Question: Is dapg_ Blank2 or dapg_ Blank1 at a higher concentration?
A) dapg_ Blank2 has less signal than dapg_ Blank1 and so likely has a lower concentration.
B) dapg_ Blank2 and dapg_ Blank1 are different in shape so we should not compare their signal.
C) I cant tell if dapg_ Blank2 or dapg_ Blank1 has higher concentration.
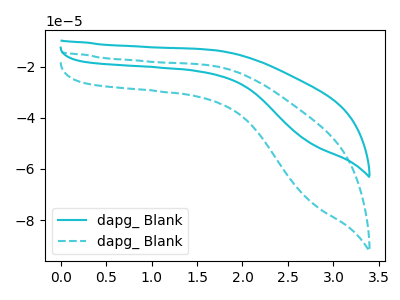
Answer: <think>The cyan curve "dapg_ Blank1" has no peaks. The cyan dashed curve "dapg_ Blank2" has no peaks.
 Neither "dapg_ Blank2" or "dapg_ Blank1" have any peaks.</think>
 <answer>C) I cant tell if "dapg_ Blank2" or "dapg_ Blank1" has higher concentration.</answer>
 <eval>C</eval>